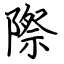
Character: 際